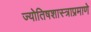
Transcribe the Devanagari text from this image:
ज्योतिषशास्त्राप्रमाणे